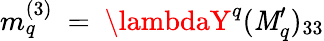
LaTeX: m_{q}^{(3)}~=~\lambdaY^{q}(\mathit{M}_{q}^{\prime})_{33}